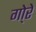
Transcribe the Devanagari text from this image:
गो्रे